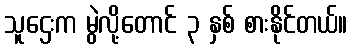
သူဌေးက မွဲလို့တောင် ၃ နှစ် စားနိုင်တယ်။